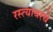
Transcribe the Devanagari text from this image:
रस्त्यावरचे